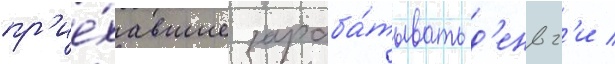
пр'ие́хавшие зараба́тывать д'еньг'и /